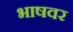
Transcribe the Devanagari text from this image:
भाषवर